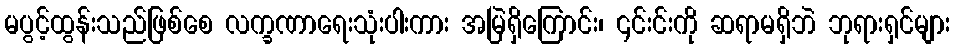
မပွင့်ထွန်းသည်ဖြစ်စေ လက္ခဏာရေးသုံးပါးကား အမြဲရှိကြောင်း၊ ၎င်းင်းကို ဆရာမရှိဘဲ ဘုရားရှင်များ